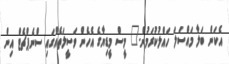
އެކަން ބަލާ މައްސަލަ ހައްލުކުރަމުން." މީސް މީޑިޔާގެ އެހެން ވަސީލަތެއްގައި ސްނެޕްޗެޓް އިން